Report on the lunatic asylums in Bengal - 1862-
Year: 1862
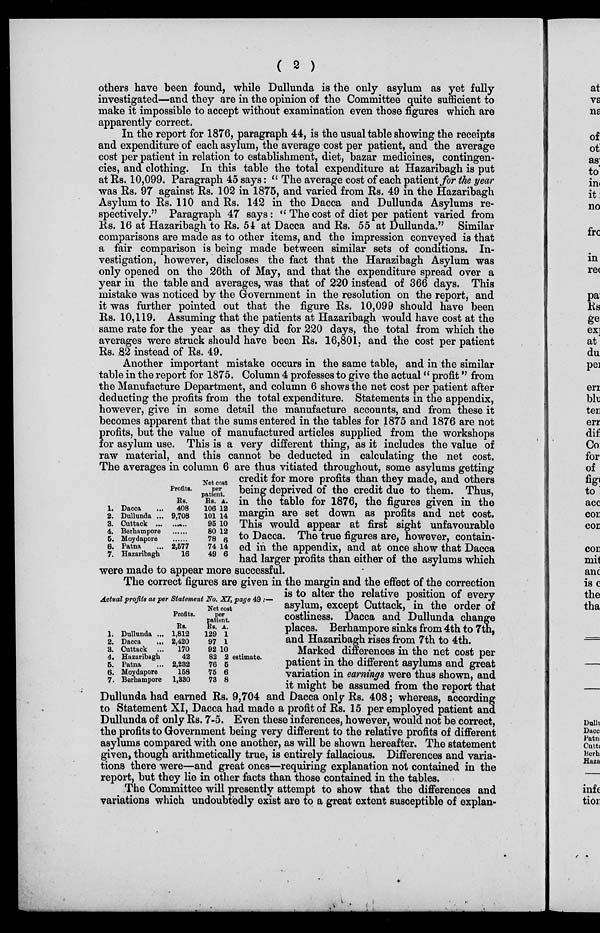
( 2 )
others have been found, while Dullunda is the only asylum as yet fully
investigated—and they are in the opinion of the Committee quite sufficient to
make it impossible to accept without examination even those figures which are
apparently correct.
In the report for 1876, paragraph 44, is the usual table showing the receipts
and expenditure of each asylum, the average cost per patient, and the average
cost per patient in relation to establishment, diet, bazar medicines, contingen-
cies, and clothing. In this table the total expenditure at Hazaribagh is put
at Rs. 10,099. Paragraph 45 says: " The average cost of each patient for the year
was Rs. 97 against Rs. 102 in 1875, and varied from Rs. 49 in the Hazaribagh
Asylum to Rs. 110 and Rs. 142 in the Dacca and Dullunda Asylums re-
spectively." Paragraph 47 says: '' The cost of diet per patient varied from
Rs. 16 at Hazaribagh to Rs. 54 at Dacca and Rs. 55 at Dullunda." Similar
comparisons are made as to other items, and the impression conveyed is that
a fair comparison is being made between similar sets of conditions. In-
vestigation, however, discloses the fact that the Harazibagh Asylum was
only opened on the 26th of May, and that the expenditure spread over a
year in the table and averages, was that of 220 instead of 366 days. This
mistake was noticed by the Government in the resolution on the report, and
it was further pointed out that the figure Rs. 10,099 should have been
Rs. 10,119. Assuming that the patients at Hazaribagh would have cost at the
same rate for the year as they did for 220 days, the total from which the
averages were struck should have been Rs. 16,801, and the cost per patient
Rs. 82 instead of Rs. 49.
1.
2.
3.
4.
5.
6.
7.
Dacca ...
Dullunda ...
Cuttack ...
Berhampore
Moydapore
Patna ...
Hazaribagh
Profits.
Rs.
408
9,708
......
......
......
2,577
16
Net cost
per
patient.
Rs.
106
101
95
80
78
74
49
A.
12
14
10
12
6
14
6
Another important mistake occurs in the same table, and in the similar
table in the report for 1875. Column 4 professes to give the actual "profit" from
the Manufacture Department, and column 6 shows the net cost per patient after
deducting the profits from the total expenditure. Statements in the appendix,
however, give in some detail the manufacture accounts, and from these it
becomes apparent that the sums entered in the tables for 1875 and 1876 are not
profits, but the value of manufactured articles supplied from the workshops
for asylum use. This is a very different thing, as it includes the value of
raw material, and this cannot be deducted in calculating the net cost.
The averages in column 6 are thus vitiated throughout, some asylums getting
credit for more profits than they made, and others
being deprived of the credit due to them. Thus,
in the table for 1876, the figures given in the
margin are set down as profits and net cost.
This would appear at first sight unfavourable
to Dacca. The true figures are, however, contain-
ed in the appendix, and at once show that Dacca
had larger profits than either of the asylums which
were made to appear more successful.
Actual profits as per Statement No. XI, page 49:—
1.
2.
3.
4.
5.
6.
7.
Dullunda ...
Dacca
...
Cuttack ...
Hazaribagh
Patna ...
Moydapore
Berhampore
Profits.
Rs.
1,812
2,420
170
42
2,232
158
1,330
Net cost
per
patient.
Rs.
129
97
92
82
76
75
73
A.
1
1
10
2
estimate.
5
6
8
The correct figures are given in the margin and the effect of the correction
is to alter the relative position of every
asylum, except Cuttack, in the order of
costliness. Dacca and Dullunda change
places. Berhampore sinks from 4th to 7th,
and Hazaribagh rises from 7th to 4th.
Marked differences in the net cost per
patient in the different asylums and great
variation in earnings were thus shown, and
it might be assumed from the report that
Dullunda had earned Rs. 9,704 and Dacca only Rs. 408; whereas, according
to Statement XI, Dacca had made a profit of Rs. 15 per employed patient and
Dullunda of only Rs. 7-5. Even these inferences, however, would not be correct,
the profits to Government being very different to the relative profits of different
asylums compared with one another, as will be shown hereafter. The statement
given, though arithmetically true, is entirely fallacious. Differences and varia-
tions there were—and great ones—requiring explanation not contained in the
report, but they lie in other facts than those contained in the tables.
The Committee will presently attempt to show that the differences and
variations which undoubtedly exist are to a great extent susceptible of explan-